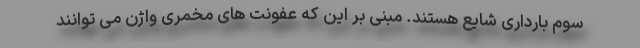
سوم بارداری شایع هستند. مبنی بر این که عفونت های مخمری واژن می توانند